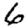
Digit: 6